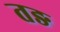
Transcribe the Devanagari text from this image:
तङ